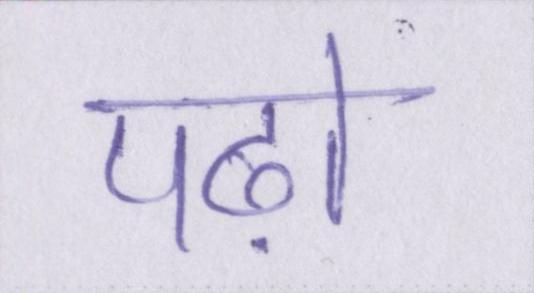
पढ़ो